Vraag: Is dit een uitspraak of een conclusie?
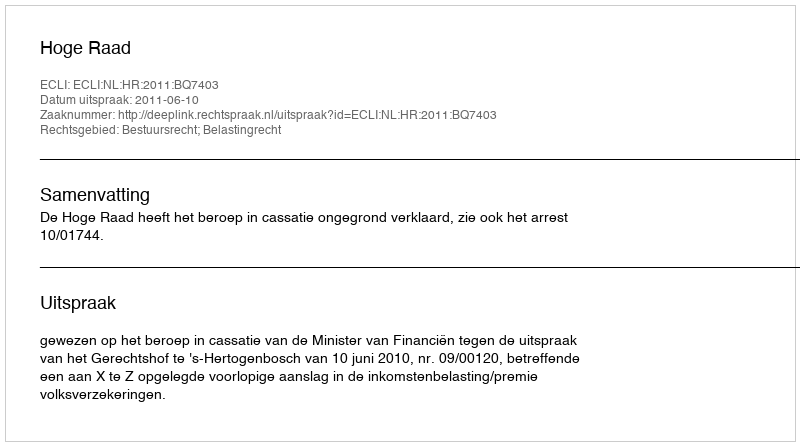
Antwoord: Uitspraak